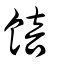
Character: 餢